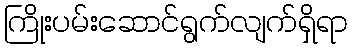
ကြိုးပမ်းဆောင်ရွက်လျက်ရှိရာ